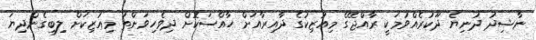
ނާޝިދު ދުނިޔެ ދޫކުރެއްވުމަކީ ރާއްޖޭގެ މިއުޒިކުގެ ދާއިރާއަށް ހާއްސަކޮށް ދިވެހިވަންތަ މިއުޒިކަށް ލިބިގެންދިޔަ